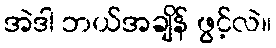
အဲဒါ ဘယ်အချိန် ဖွင့်လဲ။